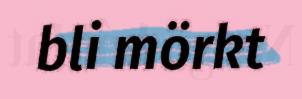
bli mörkt